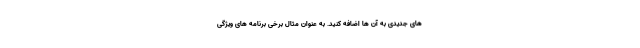
های جدیدی به آن ها اضافه کنید. به عنوان مثال برخی برنامه های ویژگی